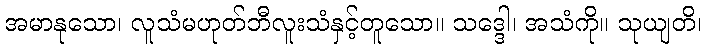
အမာနုသော၊ လူသံမဟုတ်ဘီလူးသံနှင့်တူသော။ သဒ္ဒေါ၊ အသံကို။ သုယျတိ၊